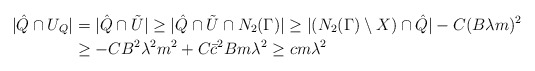
\begin{align*}|\hat{Q} \cap U_Q| & = |\hat{Q} \cap \tilde{U}| \ge |\hat{Q} \cap \tilde{U} \cap N_2(\Gamma)| \ge | (N_2(\Gamma) \setminus X) \cap \hat{Q}| - C(B\lambda m)^2 \\& \ge -CB^2\lambda^2 m^2 + C\bar{c}^2Bm \lambda^2 \ge cm \lambda^2 \end{align*}